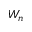
W _ { n }